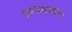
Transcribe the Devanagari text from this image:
अध्यक्षाधीन